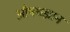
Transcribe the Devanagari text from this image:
औषधज्ञान